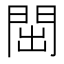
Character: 𬮉